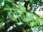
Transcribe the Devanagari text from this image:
बाबीस